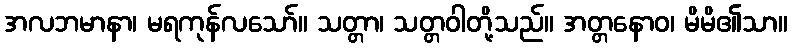
အလဘမာနာ၊ မရကုန်လသော်။ သတ္တာ၊ သတ္တဝါတို့သည်။ အတ္တနောဝ၊ မိမိ၏သာ။